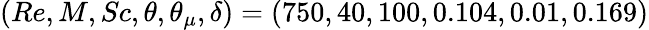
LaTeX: (Re,M,Sc,\theta,\theta_{\mu},\delta)=(750,40,100,0.104,0.01,0.169)